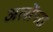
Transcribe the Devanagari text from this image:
अलोंपरा